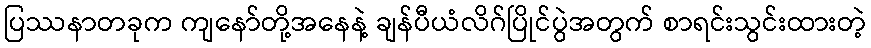
ပြဿနာတခုက ကျနော်တို့အနေနဲ့ ချန်ပီယံလိဂ်ပြိုင်ပွဲအတွက် စာရင်းသွင်းထားတဲ့